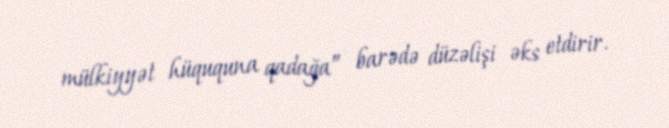
mülkiyyət hüququna qadağa” barədə düzəlişi əks etdirir.